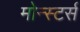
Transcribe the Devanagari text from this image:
मोन्स्टर्स